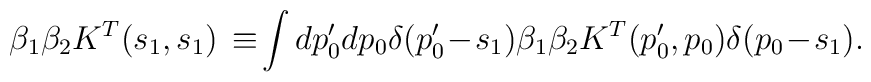
\beta_1\beta_2K^{T}(s_1,s_1)\,\equiv \!\int dp_0'dp_0\delta(p'_0\! -\!s_1)\beta_1\beta_2K^T(p_0',p_0)\delta(p_0\!-\!s_1).